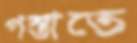
পস্তাতে